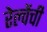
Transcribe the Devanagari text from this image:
रेल्वेंची